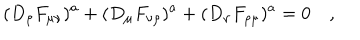
( D _ { \rho } F _ { \mu \nu } ) ^ { a } + ( D _ { \mu } F _ { \nu \rho } ) ^ { a } + ( D _ { \nu } F _ { \rho \mu } ) ^ { a } = 0 \quad ,